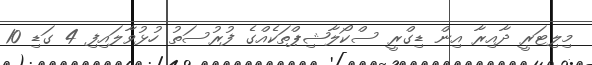
މިލިޓަރީ ދާއިރާ އިން ޑިގްރީ ސްކޯލާޝިޕްތަކެއްގެ ފުރުސަތު ހުޅުވާލައިފި 4 ގަޑި 10